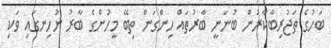
ބަހުގެ ތަޖުރިބާކާރުން ބުނަނީ ބާރުތައް ހިންގަން ތިބޭ މީހުންގެ ބާރު ނުހިނގައި ވަކި